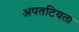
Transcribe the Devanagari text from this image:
अपतटियता